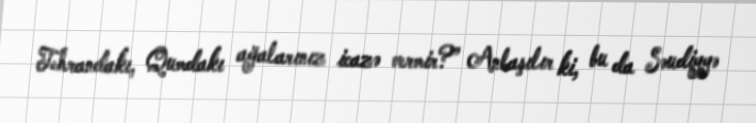
Tehrandakı, Qumdakı ağalarınız icazə vermir?” Anlaşılır ki, bu da Səudiyyə